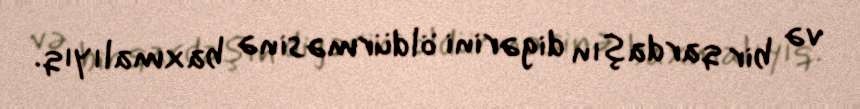
və bir qardaşın digərini öldürməsinə baxmalıyıq.